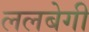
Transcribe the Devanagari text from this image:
ललबेगी